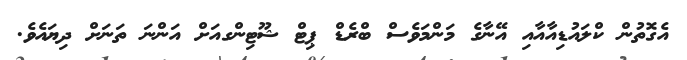
އެގޮތުން ކްލައުޑިއާއާއި އޭނާގެ މަންމަވެސް ބްރެޑް ޕިޓް ޝޫޓިންގއަށް އަންނަ ތަނަށް ދިޔައެވެ.